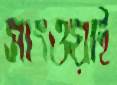
সাংওয়াই